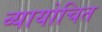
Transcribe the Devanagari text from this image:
व्यायोचित